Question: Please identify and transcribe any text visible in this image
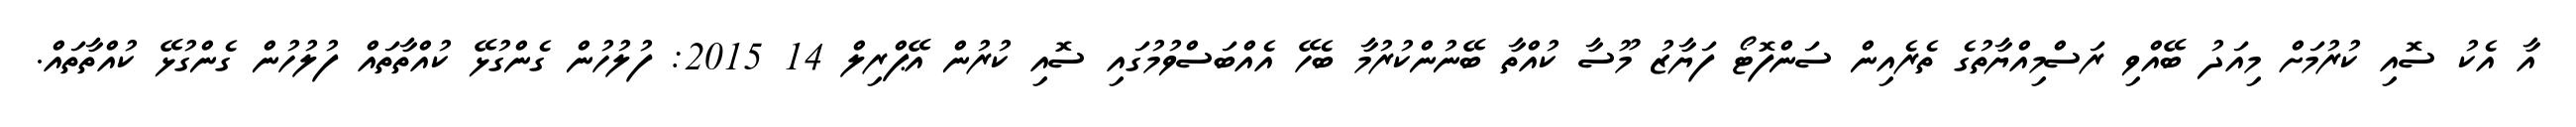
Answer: އާ އެކު ސޮއި ކުރުމަށް މިއަދު ބޭއްވި ރަސްމިއްޔާތުގެ ތެރެއިން ސަންފޮޓޯ ފަޔާޒު މޫސާ ކުއްތާ ބޭނުންކުރުމާ ބެހޭ އެއްބަސްވުމުގައި ސޮއި ކުރުން އޭޕްރިލް 14 2015: ފުލުހުން ގެންގުޅޭ ކުއްތާތައް ފުލުހުން ގެންގުޅޭ ކުއްތާތައް.